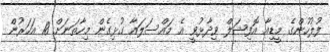
ފުލުހުންގެ މީޑިއާ އޮފިޝަލް ވިދާޅުވީ އެ މައްސަލައާ ގުޅިގެން މިހާތަނަށް 18 އަހަރުން